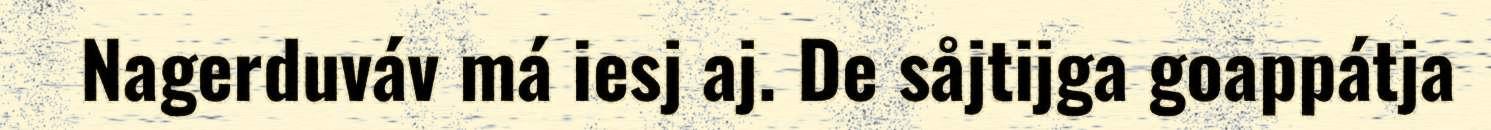
Nagerduváv má iesj aj. De såjtijga goappátja